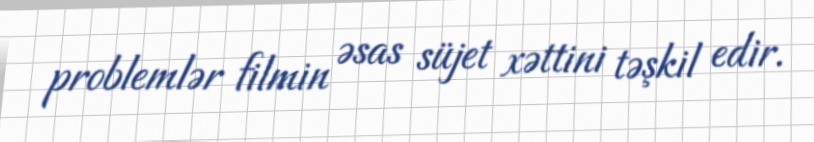
problemlər filmin əsas süjet xəttini təşkil edir.